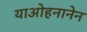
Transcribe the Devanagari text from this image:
याओहनानेन